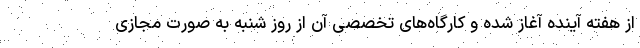
از هفته آینده آغاز شده و کارگاه‌های تخصصی آن از روز شنبه به صورت مجازی